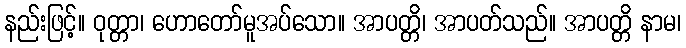
နည်းဖြင့်။ ဝုတ္တာ၊ ဟောတော်မူအပ်သော။ အာပတ္တိ၊ အာပတ်သည်။ အာပတ္တိ နာမ၊